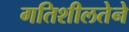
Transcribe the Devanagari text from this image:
गतिशीलतेने